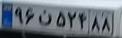
۹۶ن۵۲۴۸۸